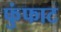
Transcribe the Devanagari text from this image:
फुंफाट